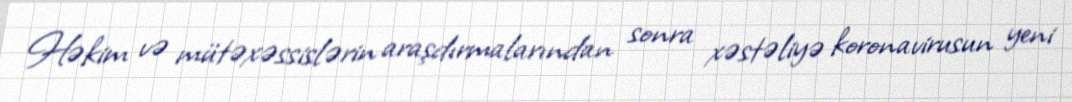
Həkim və mütəxəssislərin araşdırmalarından sonra xəstəliyə koronavirusun yeni